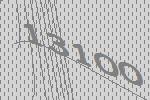
13100